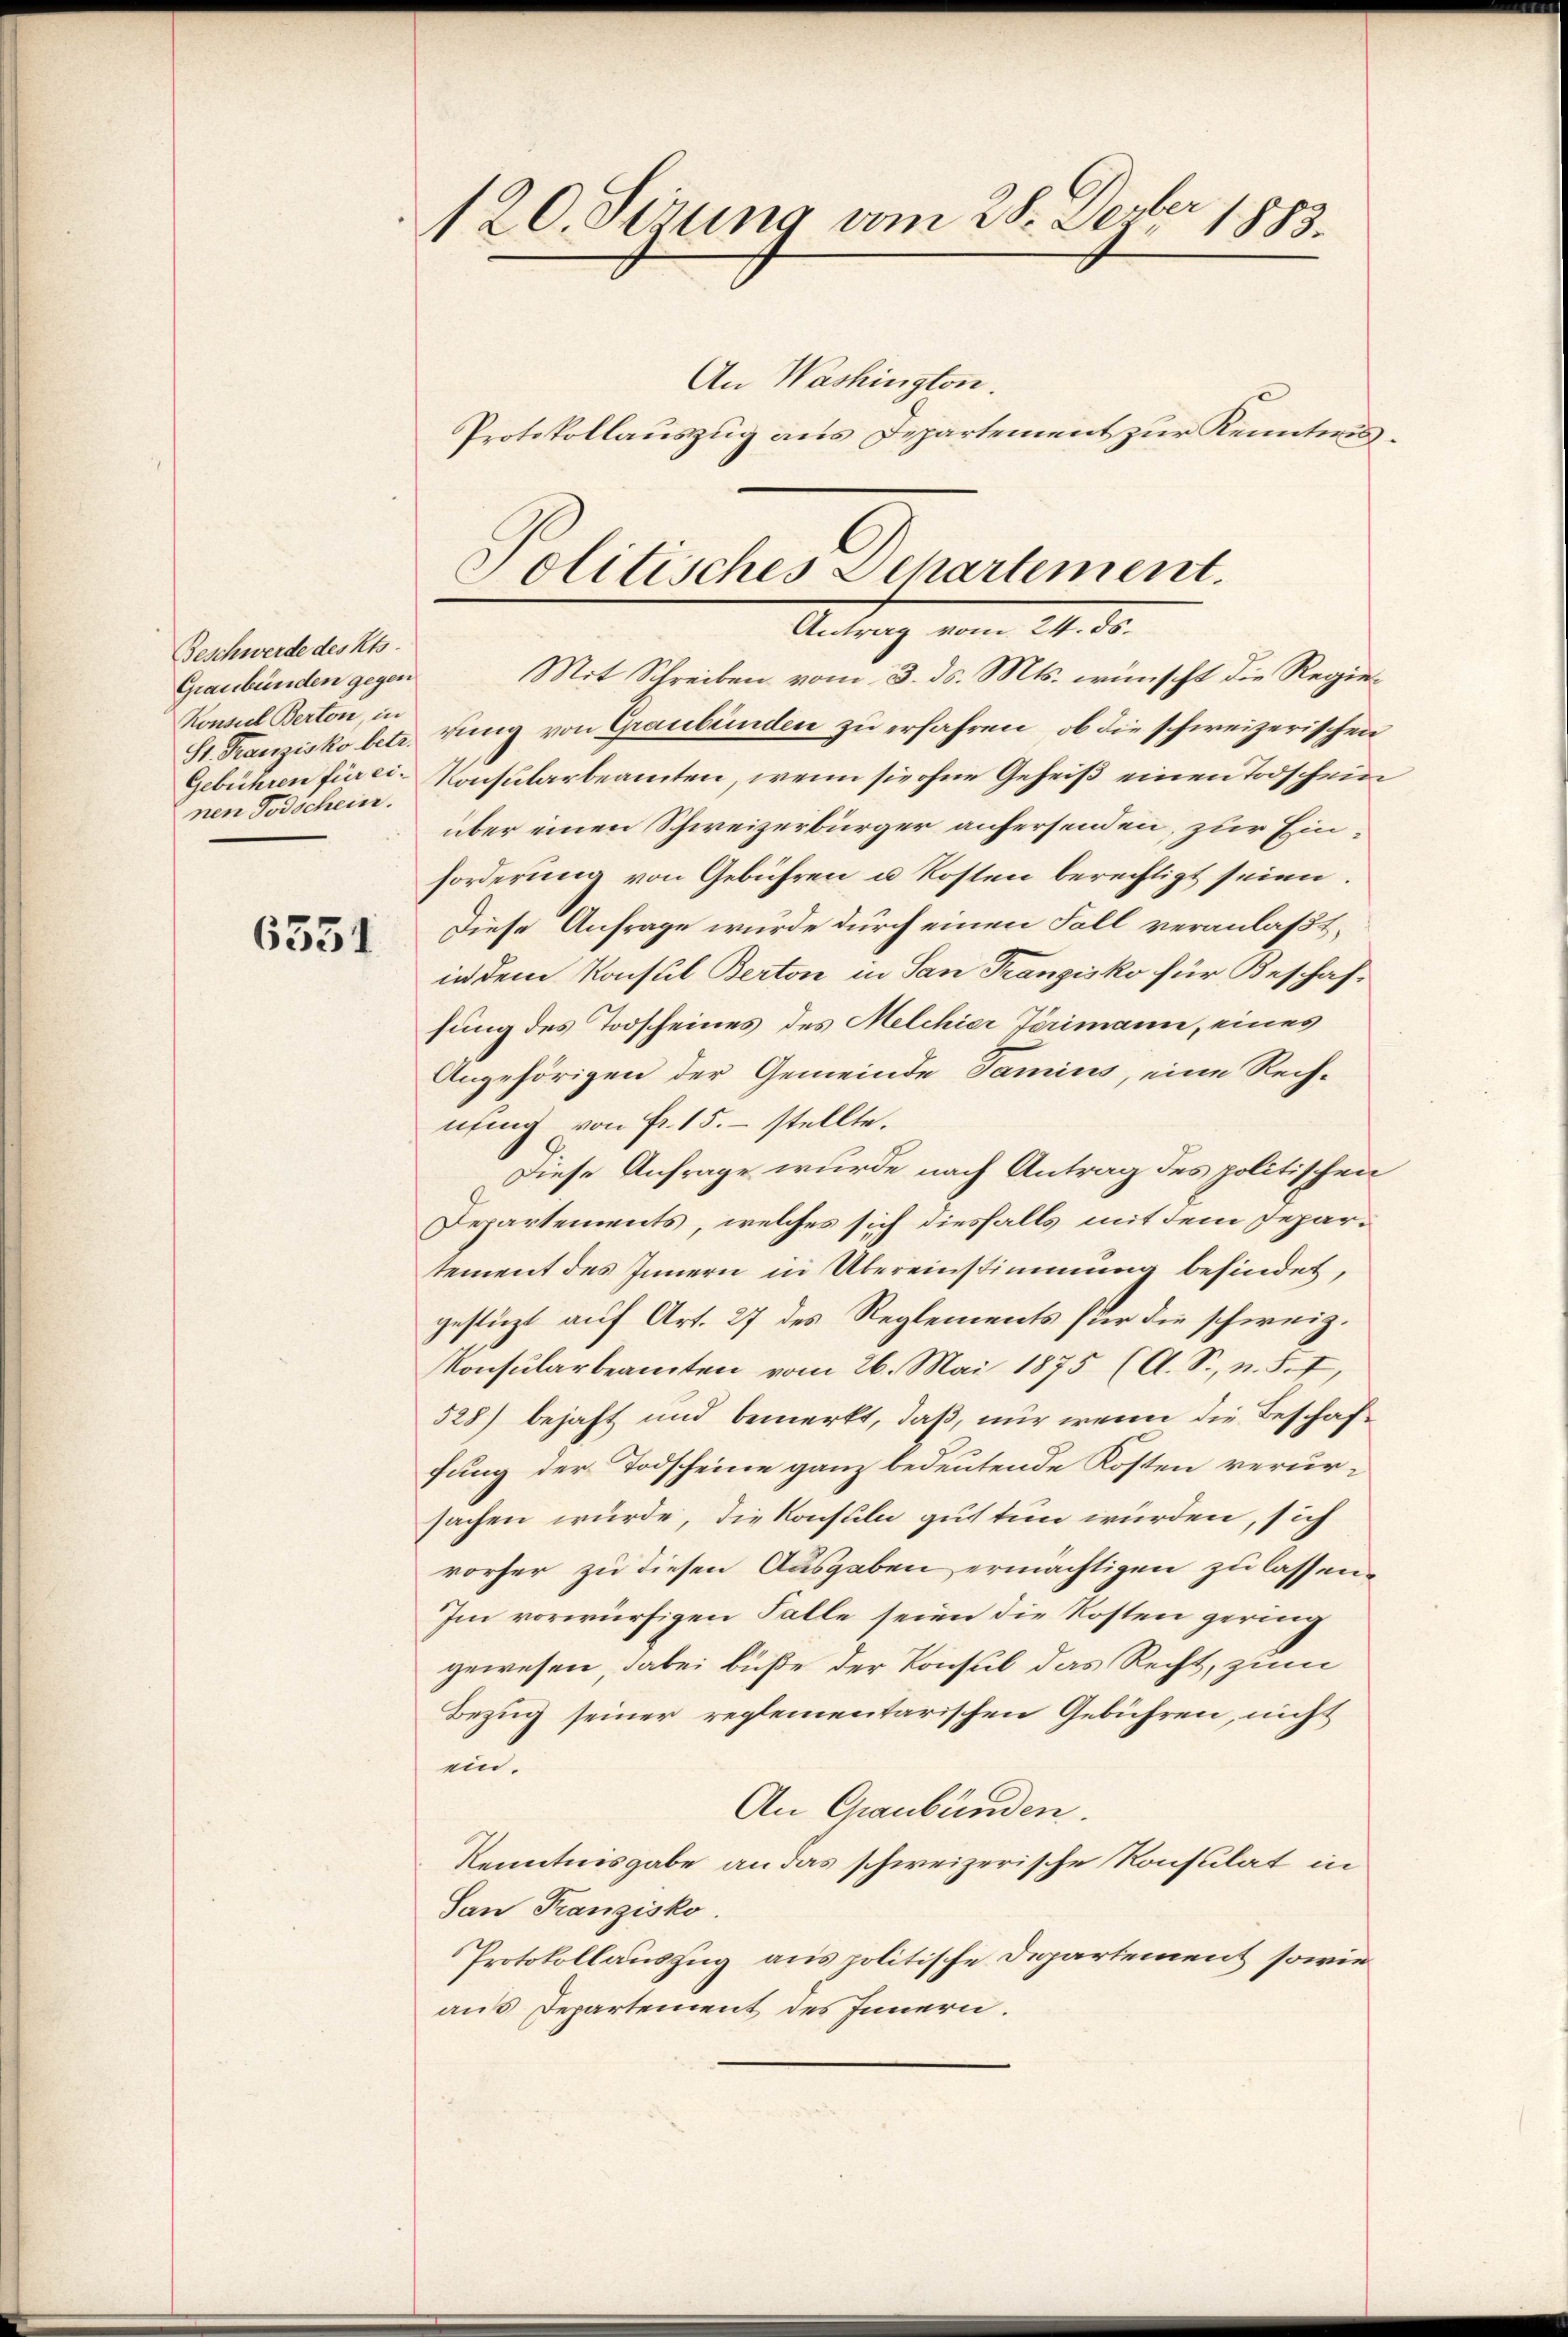
Beschwerde des Kts.
Graubünden gegen
Konsul Berton, in
nen Todschein.

6354

120. Serung vom 28. Dezbr 1883.
An Washington.
Protokollauszug aus Departement zur Kenntnis¬

Mit Schreiben vom 3. ds. Mts. wünscht die Regie¬
St. Franzisko betr. rung von Graubünden zu erfahren, ob die schweizerischen
Gebühren fürei. Konsularbeamten, wenn sie ohne Geheiß einen Todschein
über einen Schweizerbürger aufersenden, zur Einforderung von Gebühren u Kosten berechtigt seien.
Diese Anfrage wurde durch einen Fall veranlaßt,
in dem Konsul Berton in San Franzisko für Beschaffung des Todscheines des Melchier Jörimann, eines
Angehörigen der Gemeinde Tamins, eine Rech-
nung von Fr. 15. stellte.
Diese Anfrage wurde nach Antrag des politischen
Departements, welches sich diesfalls mit dem Departement des Innern in Übereinstimmung befindet,
gestüzt auf Art. 27 des Reglements für die schweiz.
Konsularbeamten vom 26. Mai 1875 (A. S., n. F. I,
528) bejaht und bemerkt, daß, nur wenn die Beschaffung der Todscheine ganz bedeutende Kosten verursachen wurde, die Konsuln gut tun würden, sich
vorher zu diesen Ausgaben ermächtigen zu lassen.
Im vorwürfigen Falle seien die Kosten gering
gewesen, dabei büße der Konsul das Recht, zum
Bezug seiner reglementarischen Gebühren, nicht
ein.
An Graubünden.
Kenntnisgabe an das schweizerische Konsulat in
San Franzisko.
Protokollauszug aus politische Departement sowie
aus Departement des Innern.

Politisches Departement.
Antrag vom 24. ds.